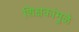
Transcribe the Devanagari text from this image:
शिक्षकांमुळे